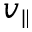
v _ { \parallel }